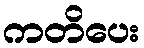
ကတိပေး